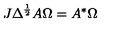
J \Delta ^ { \frac { 1 } { 2 } } A \Omega = A ^ { * } \Omega